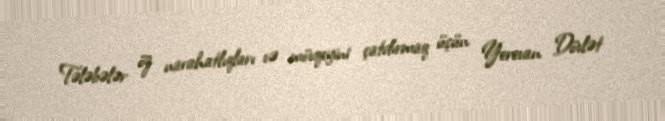
Tələbələr öz narahatlıqları və mövqeyini çatdırmaq üçün Yerevan Dövlət